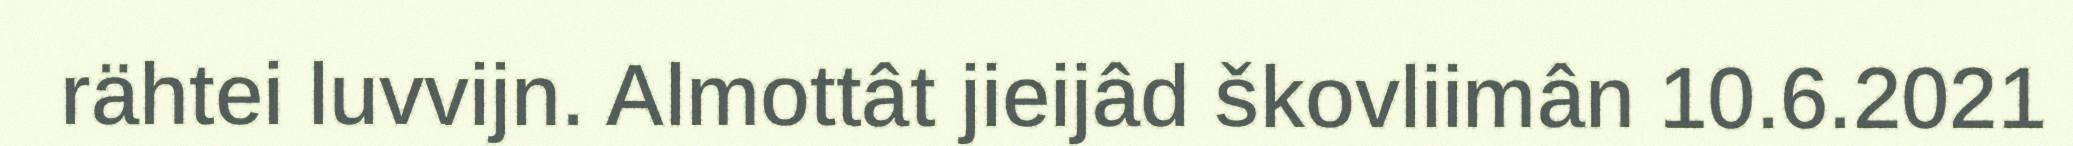
rähtei luvvijn. Almottât jieijâd škovliimân 10.6.2021